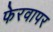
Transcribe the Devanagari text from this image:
फेरवापर